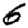
Digit: 6